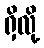
ရှိလို့